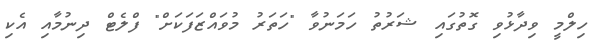
ހިލްމީ ވިދާޅުވި ގޮތުގައި ޝަރުތު ހަމަނުވާ "ހަތަރު މުވައްޒަފަކަށް" ފްލެޓް ދިނުމާއި އެކި